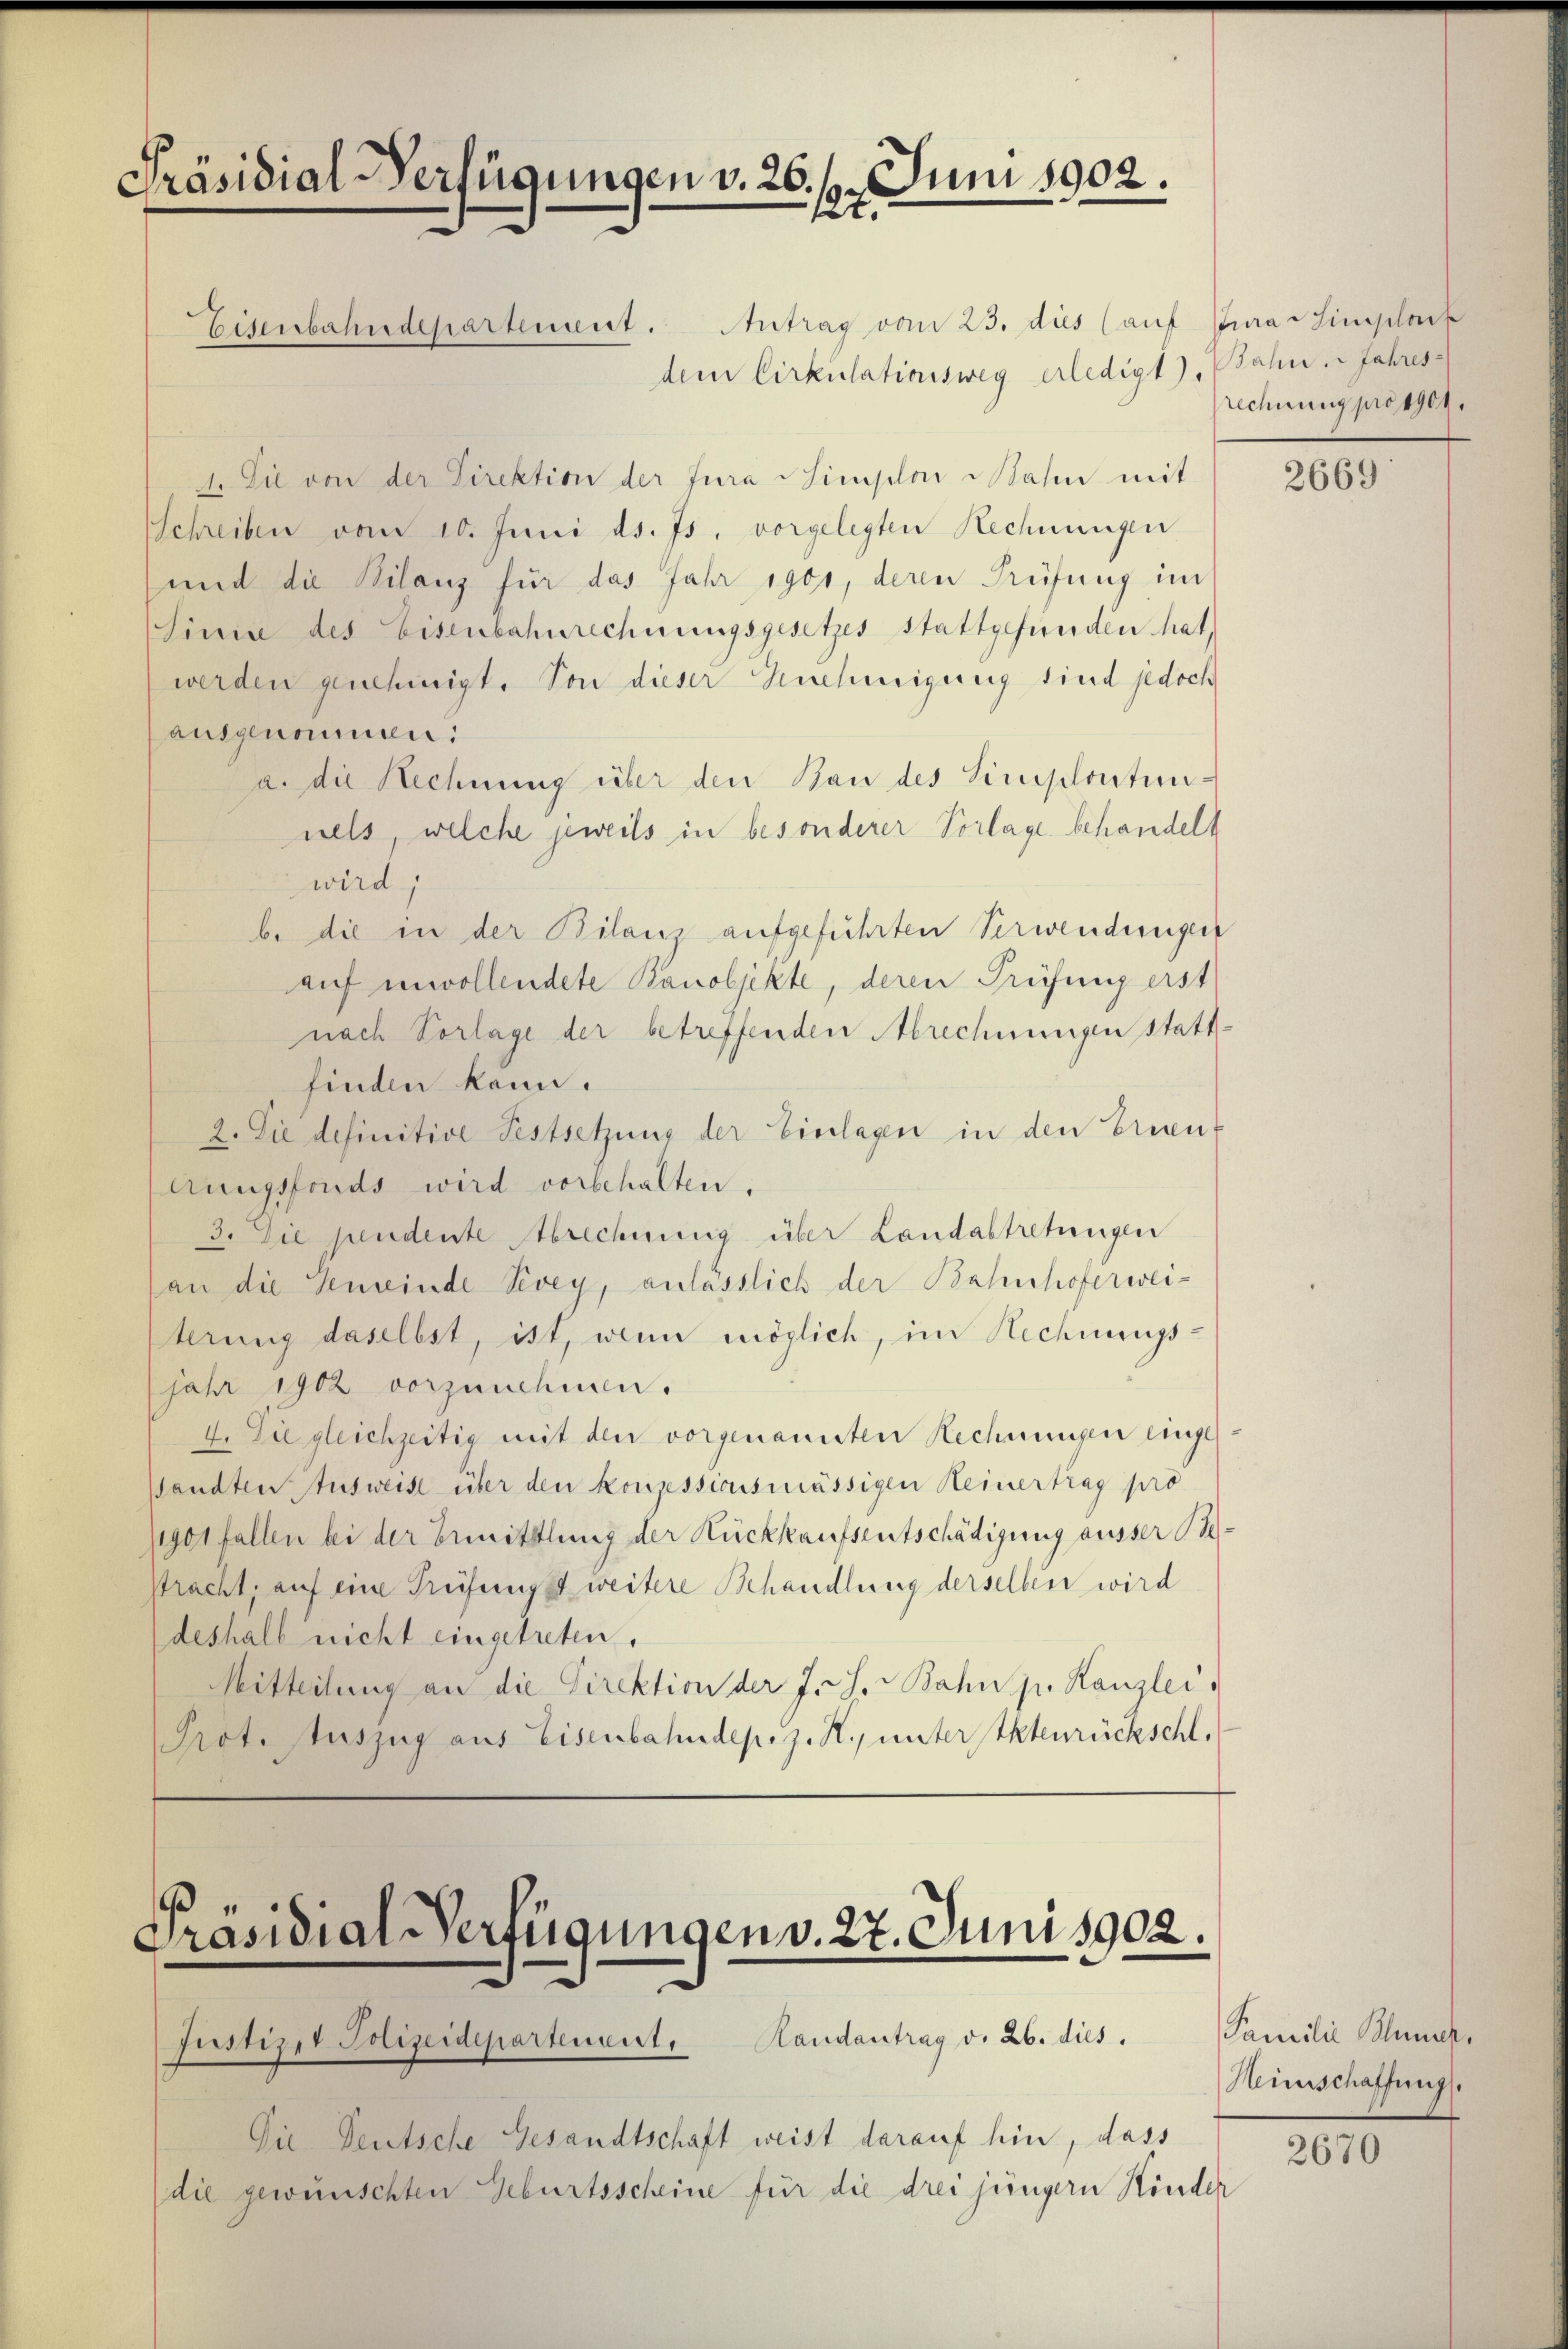
Präsidial-Verfügungen v. 26. 6. Juni 1902.

Eisenbahndepartement. Antrag vom 23. des (auf Jura hingelauf
dem Cirkulationsweg erledigt), Jahn. Jahres¬
1. Sie von der Direktion der Jura simplon Nahen mit
Schreiben vom 10. Juni d. Js. vorgelegten Rechnungen
und die Bilanz für das Jahr 1900, deren Prüfung im
Sinne des Eisenbahnrechnungsgesetzes Stattgefunden hat,
werden genehmigt. Von dieser Genehmigung sind jedoch
ausgenommen:
a. die Rechnung über den Bau des Simplontunnels, welche jeweils in besonderer Vorlage behandelt
wird,
b. die in der Bilanz aufgeführten Verwendungen
auf unvollendete Banobjekte, deren Prüfung erst
nach Vorlage der betreffenden Abrechnungen stattfinden kann.
2. Die definitive Festsetzung der Einlagen in den Erinne
Aungsfonds wird vorbehalten.
3. Die pendente Abrechnung über Landabtretungen
an die Gemeinde Vevey, anlässlich der Bahnhoferwei-
terung daselbst, ist, wenn möglich, im Rechnungs-
jahr 1902 vorzunehmen.
4. Die gleichzeitig mit den vorgenannten Rechnungen eingesandten Ausweise über den konzessionsmässigen Heinertrag pro
1901 fallen bei der Ermittlung der Rückkaufsentschädigung ausser 12
Pracht, auf eine Prüfungst weitere Behandlung derselben wird
deshalb nicht eingetreten,
Mitteilung an die Direktion der J. J. Bahn p. Kanzlei,
Prot. Auszug aus Eisenbahndepoz. R. unterstenrückschl.

s
Präsidial-Verfügungen v. 27. Juni 1902.
Justizet Polizeideparteneit, andantrag v. 26. dies

Die Teutsche Gesandtschaft weist darauf hin, dass
die gewünschten Geburtsscheine für die drei jüngern Könder

rechnung pro 1901.

2669

Familie Blümer,
Heinschaffung.

2670